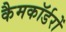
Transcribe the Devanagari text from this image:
कैमकॉर्डरों